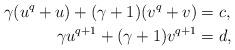
LaTeX: \begin{align*}\gamma (u^q + u) + (\gamma+1) (v^q + v) &= c,\\\gamma u^{q+1} + (\gamma+1) v^{q+1} &= d,\end{align*}